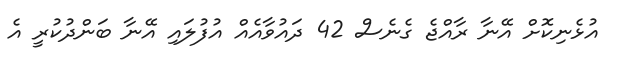
އުޅެނިކޮށް އޭނާ ރާއްޖެ ގެނެސް 42 ދައުވާއެއް އުފުލައި އޭނާ ބަންދުކުރީ އެ